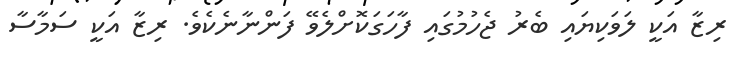
ރިޒާ އަކީ ލަވަކިޔައި ބެރު ޖެހުމުގައި ފާހަގަކޮށްލެވޭ ފަންނާނެކެވެ. ރިޒާ އަކީ ސަމާސާ